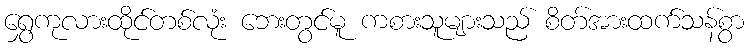
ရွှေကုလားထိုင်တစ်လုံး ဘေးတွင်မူ ကစားသူများသည် စိတ်အားထက်သန်စွာ